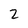
Character: 2